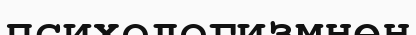
психологизмнен